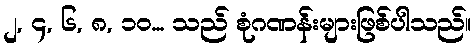
၂, ၄, ၆, ၈, ၁၀... သည် စုံဂဏန်းများဖြစ်ပါသည်။